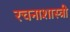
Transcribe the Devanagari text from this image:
रचनाशास्त्री